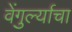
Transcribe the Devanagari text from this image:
वेंगुर्ल्याचा